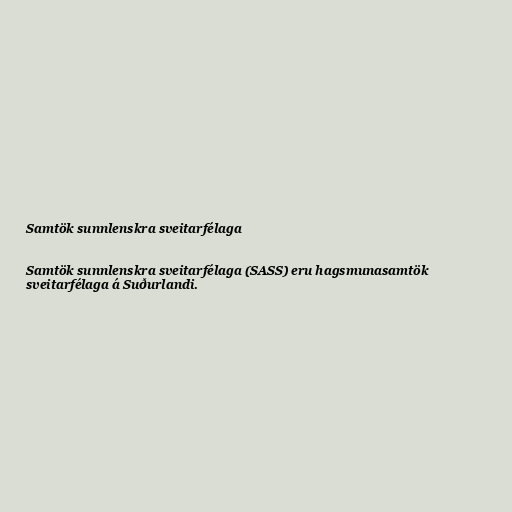
Samtök sunnlenskra sveitarfélaga

Samtök sunnlenskra sveitarfélaga (SASS) eru hagsmunasamtök
sveitarfélaga á Suðurlandi.